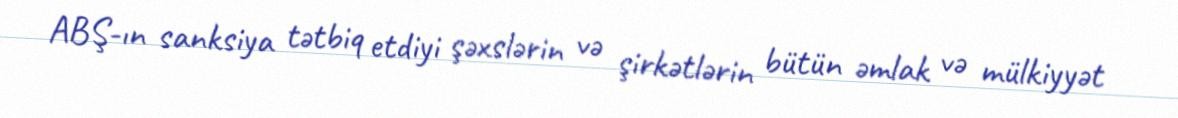
ABŞ-ın sanksiya tətbiq etdiyi şəxslərin və şirkətlərin bütün əmlak və mülkiyyət